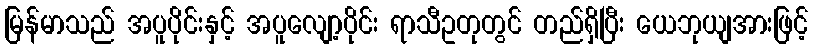
မြန်မာသည် အပူပိုင်းနှင့် အပူလျော့ပိုင်း ရာသီဥတုတွင် တည်ရှိပြီး ယေဘုယျအားဖြင့်